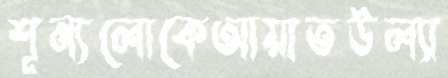
শূন্যলোকেআয়াতউল্যা